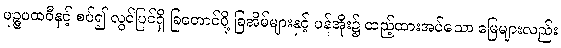
ပုဉ္ဇပထဝီနှင့် စပ်၍ လွင်ပြင်ရှိ ခြတောင်ပို့ ခြအိမ်များနှင့် ပန်အိုး၌ ထည့်ထားအပ်သော မြေများလည်း